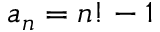
a _ { n } = n ! - 1